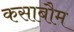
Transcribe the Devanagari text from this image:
कसाबौम